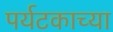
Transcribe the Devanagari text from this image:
पर्यटकाच्या